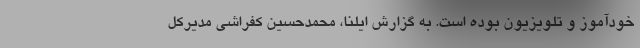
خودآموز و تلویزیون بوده است. به گزارش ایلنا، محمدحسین کفراشی مدیرکل